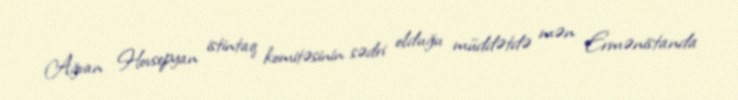
Ağvan Hovsepyan istintaq komitəsinin sədri olduğu müddətdə mən Ermənistanda